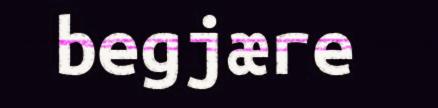
begjære